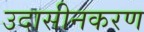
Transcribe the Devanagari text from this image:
उदासीनकरण